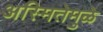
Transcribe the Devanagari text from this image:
अस्मितेमुळे